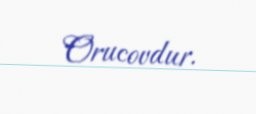
Orucovdur.